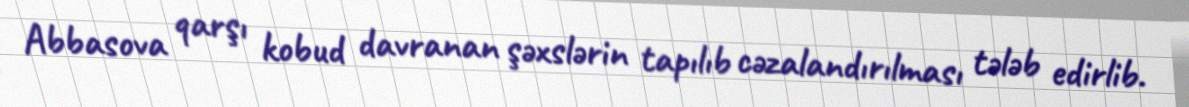
Abbasova qarşı kobud davranan şəxslərin tapılıb cəzalandırılması tələb edirlib.